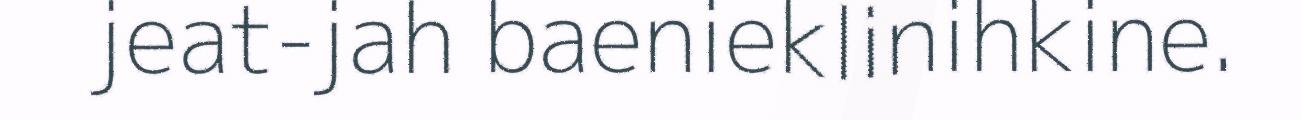
jeat-jah baenieklinihkine.